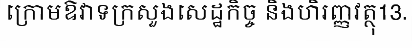
ក្រោមឱវាទក្រសួងសេដ្ឋកិច្ច និងហិរញ្ញវត្ថុ13.